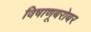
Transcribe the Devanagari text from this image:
विषाणूबरोबर